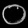
Digit: ၀